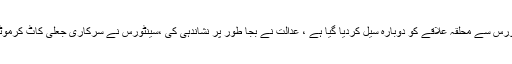
چیئر مین سی ڈی اے نے کہا کہسینٹورس سے محلقہ علاقے کو دوبارہ سیل کردیا گیا ہے ، عدالت نے بجا طور پر نشاندہی کی ،سینٹورس نے سرکاری جعلی کاٹ کرموٹرسائیکلز کی پارکنگ بنا رکھی تھی۔